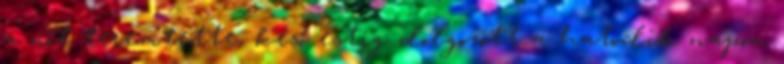
a nőt teremtette, késő estig dolgozott a hatodik napon